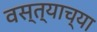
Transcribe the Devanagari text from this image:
वस्त्याच्या